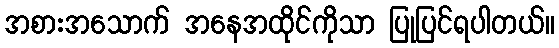
အစားအသောက် အနေအထိုင်ကိုသာ ပြုပြင်ရပါတယ်။